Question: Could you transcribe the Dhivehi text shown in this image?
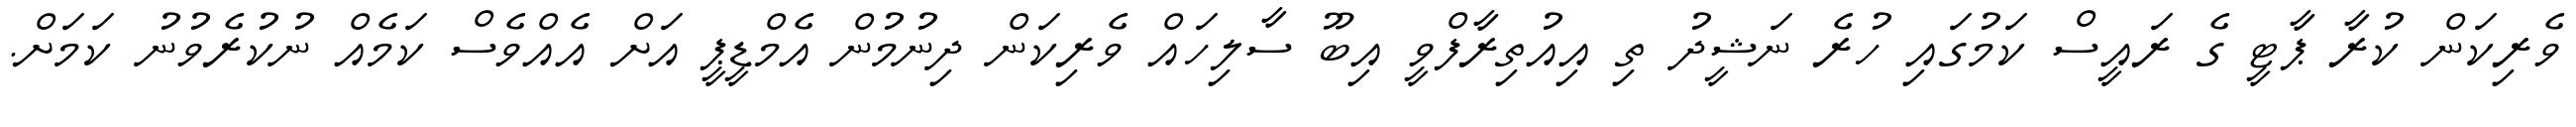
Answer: ވެރިކަން ކުރާ ޕާޓީ ގެ ރައީސް ކަމުގައި ހުރެ ނަޝީދު ތި އިއުތިރާފްވީ އިބޫ ސާލިހައް ވެރިކަން ދިނުމުން އެމްޑީޕީ އަށް އެއްވެސް ކަމެއް ނުކުރެވުނު ކަމަށް.